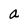
Character: a